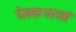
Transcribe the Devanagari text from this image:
देवकथाओं